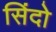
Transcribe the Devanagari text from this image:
सिंदो